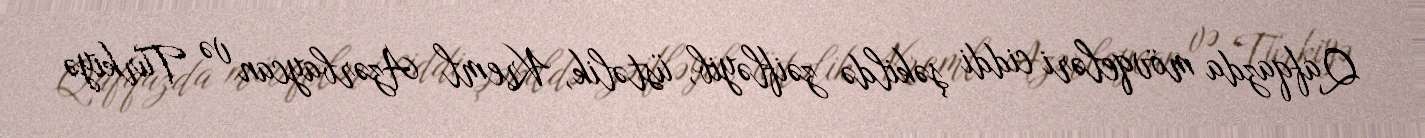
Qafqazda mövqeləri ciddi şəkildə zəifləyib, üstəlik, Kreml Azərbaycan və Türkiyə